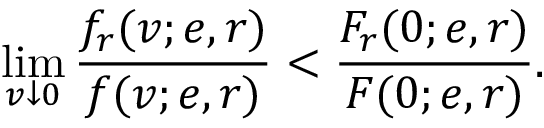
\operatorname* { l i m } _ { v \downarrow 0 } \frac { f _ { r } ( v ; e , r ) } { f ( v ; e , r ) } < \frac { F _ { r } ( 0 ; e , r ) } { F ( 0 ; e , r ) } .